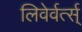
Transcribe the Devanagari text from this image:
लिवेर्वर्त्स्